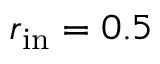
r _ { \mathrm { i n } } = 0 . 5